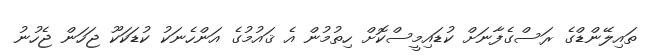
ތައިލޭންޑްގެ ރަސްގެފާނަށް ކުޑައިމީސްކޮށް ހިތުމުން އެ ޤައުމުގެ އަންހެނަކު ކުޑަކަކޫ ޖަހަން ޖެހުނު